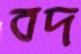
বদ